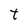
Character: t